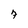
Character: 7